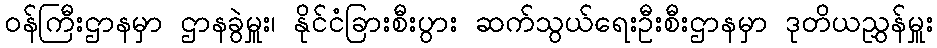
ဝန်ကြီးဌာနမှာ ဌာနခွဲမှူး၊ နိုင်ငံခြားစီးပွား ဆက်သွယ်ရေးဦးစီးဌာနမှာ ဒုတိယညွှန်မှူး